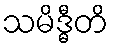
သမိဒ္ဓီတိ